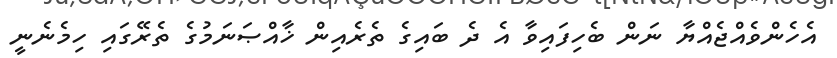
އެހެންވެއްޖެއްޔާ ނަން ބެހިފައިވާ އެ ދެ ބައިގެ ތެރެއިން ޚާއްޞަނަމުގެ ތެރޭގައި ހިމެނެނީ